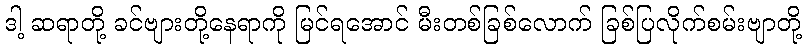
ဒါ့ ဆရာတို့ ခင်ဗျားတို့နေရာကို မြင်ရအောင် မီးတစ်ခြစ်လောက် ခြစ်ပြလိုက်စမ်းဗျာတို့